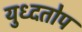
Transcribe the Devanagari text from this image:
युध्दतोप